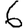
Digit: 6